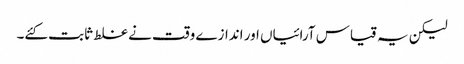
لیکن یہ قیاس آرائیاں اور اندازے وقت نے غلط ثابت کئے۔